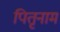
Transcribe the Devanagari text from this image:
पितृनाम